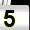
Digit: 5